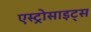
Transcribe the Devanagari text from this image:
एस्ट्रोसाइट्स